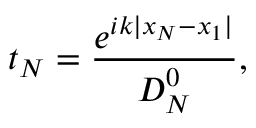
t _ { N } = \frac { e ^ { i k | x _ { N } - x _ { 1 } | } } { D _ { N } ^ { 0 } } ,